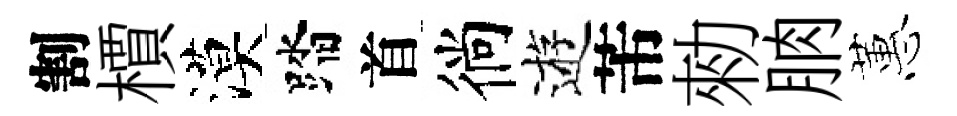
割檟漠踏首徜逰芾勑朒蕙